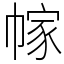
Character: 幏